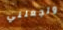
وتجعلني